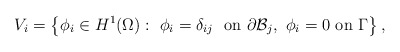
\begin{align*}V_i=\left\{\phi_i\in H^1(\Omega):~ \phi_i =\delta_{ij}~~\mbox{on } \partial \mathcal{B}_j,~\phi_i =0~\mbox{on }\Gamma\right\},\end{align*}